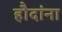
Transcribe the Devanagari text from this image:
हौदांना